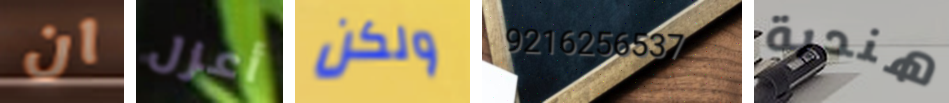
ان أعزل ولكن 9216256537 هندية